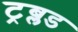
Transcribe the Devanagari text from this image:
ट्रब्लड